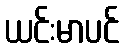
ယင်းမာပင်